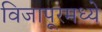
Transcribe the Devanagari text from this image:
विजापूरमध्ये